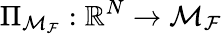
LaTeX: \Pi_{\mathcal{M}_{\mathcal{F}}}:\mathbb{R}^{N}\rightarrow\mathcal{M}_{\mathcal{F}}